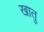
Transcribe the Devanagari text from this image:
खातु